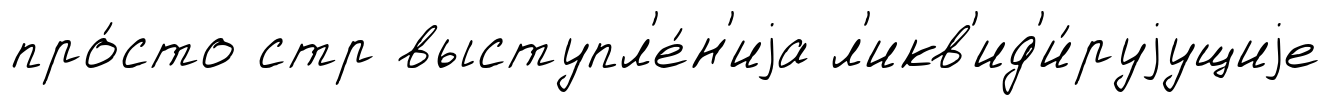
про́сто стр выступл'е́н'иjа л'икв'ид'и́руjущиjе